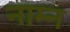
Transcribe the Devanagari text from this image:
नाम्न